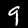
Digit: 9